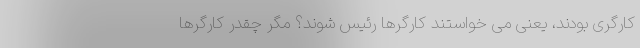
کارگری بودند، یعنی می خواستند کارگرها رئیس شوند؟ مگر چقدر کارگرها